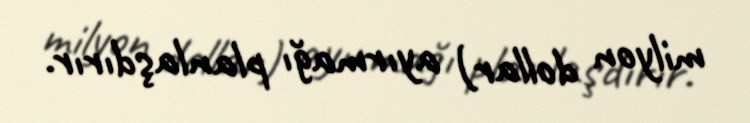
milyon dollar) ayırmağı planlaşdırır.